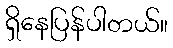
ရှိနေပြန်ပါတယ်။